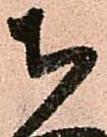
ち